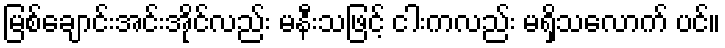
မြစ်ချောင်းအင်းအိုင်လည်း မနီးသဖြင့် ငါးကလည်း မရှိသလောက် ပင်။